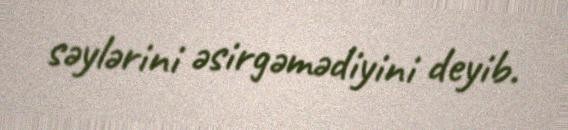
səylərini əsirgəmədiyini deyib.